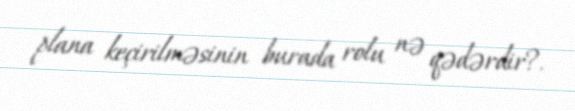
plana keçirilməsinin burada rolu nə qədərdir?.